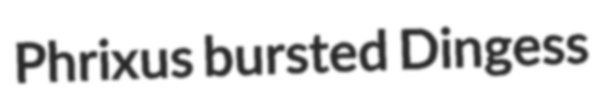
Phrixus bursted Dingess